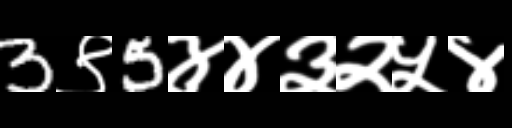
Text: 3९5४४३२५४